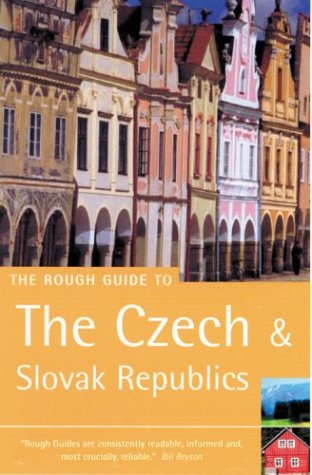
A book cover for The Rough Guide to Czech & Slovak Republics; Rob Humphreys; Travel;